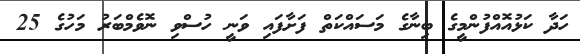
ހަދާ ކަޅުއޮއްފުންމީގެ ބިނާގެ މަސައްކަތް ފަށާފައި ވަނީ ހުސްވި ނޮވެމްބަރު މަހުގެ 25